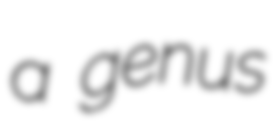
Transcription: a genus